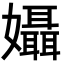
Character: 𡤙